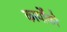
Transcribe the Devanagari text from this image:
कार्योंको